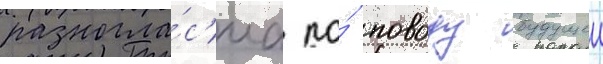
разногла́с'иа по́ поводу будущеи